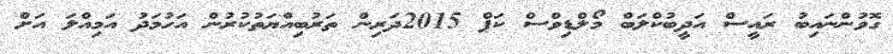
ގޮވުންނައިބު ރައީސް އަދީބުކްލަބް މޯލްޑިވްސް ކަޕް 2015ދަރިން ތަރުބިއްޔަތުކުރުން އަހުމަދު އަމިއްލަ އަށް